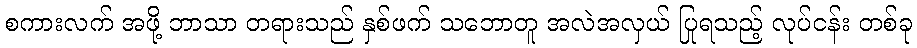
စကားလက် အဖို့ ဘာသာ တရားသည် နှစ်ဖက် သဘောတူ အလဲအလှယ် ပြုရသည့် လုပ်ငန်း တစ်ခု